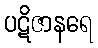
ပဋိဇာနရေ